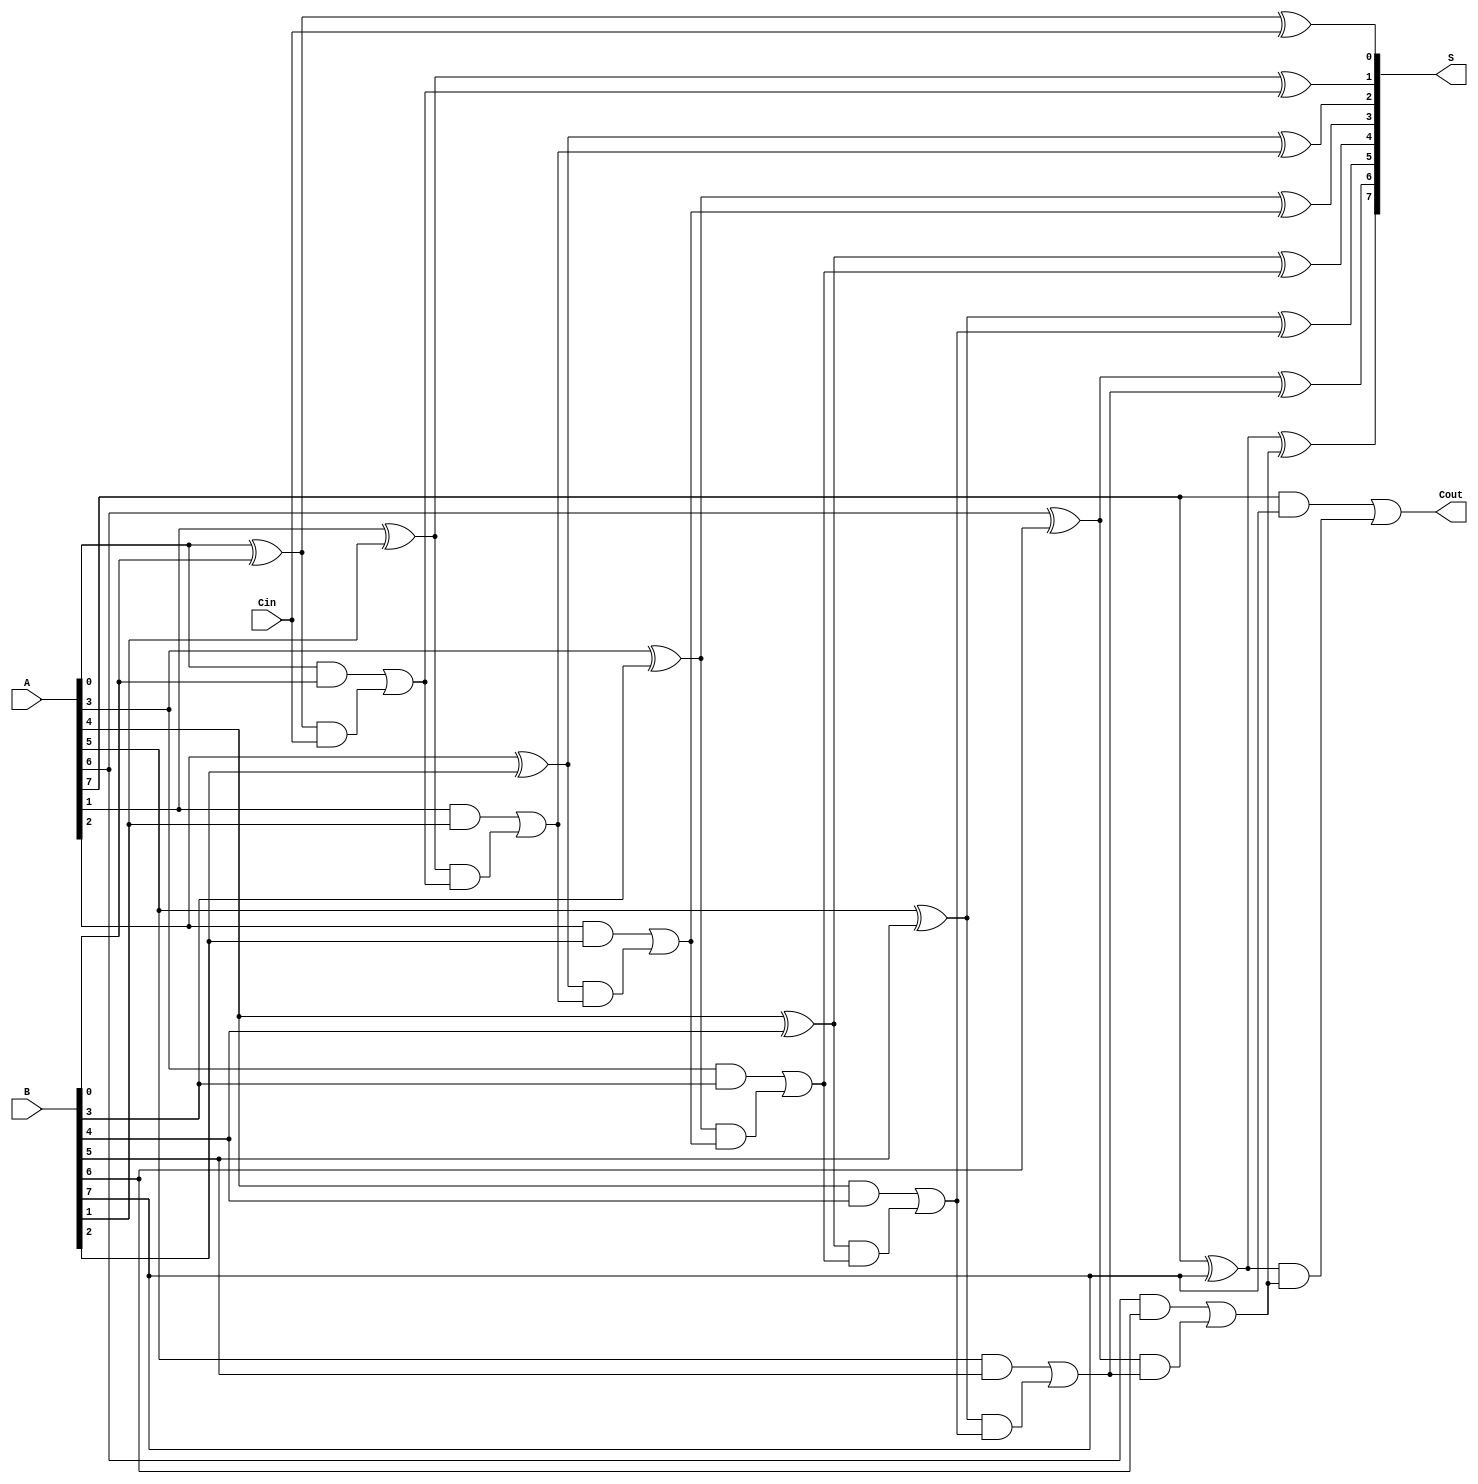
module HanCarlsonAdder #(parameter n = 8) (
    input [n-1:0] A,      // First input
    input [n-1:0] B,      // Second input
    input Cin,            // Carry-in
    output [n-1:0] S,     // Sum output
    output Cout           // Carry-out
);

    wire [n-1:0] G;       // Generate signals
    wire [n-1:0] P;       // Propagate signals
    wire [n:0] C;         // Carry signals (C[0] = Cin)

    // Carry Generation
    assign C[0] = Cin; // Initial carry-in
    genvar i;
    generate
        for (i = 0; i < n; i = i + 1) begin : carry_gen
            assign G[i] = A[i] & B[i]; // Generate
            assign P[i] = A[i] ^ B[i]; // Propagate
            if (i == 0) begin
                assign C[i + 1] = G[i] | (P[i] & C[i]); // C1
            end else begin
                assign C[i + 1] = G[i] | (P[i] & C[i]); // Ci
            end
        end
    endgenerate

    // Sum Computation
    generate
        for (i = 0; i < n; i = i + 1) begin : sum_comp
            assign S[i] = P[i] ^ C[i]; // Sum
        end
    endgenerate

    // Carry-out
    assign Cout = C[n]; // Final carry-out

endmodule